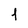
Character: 1